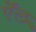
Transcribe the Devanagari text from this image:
ऎंल